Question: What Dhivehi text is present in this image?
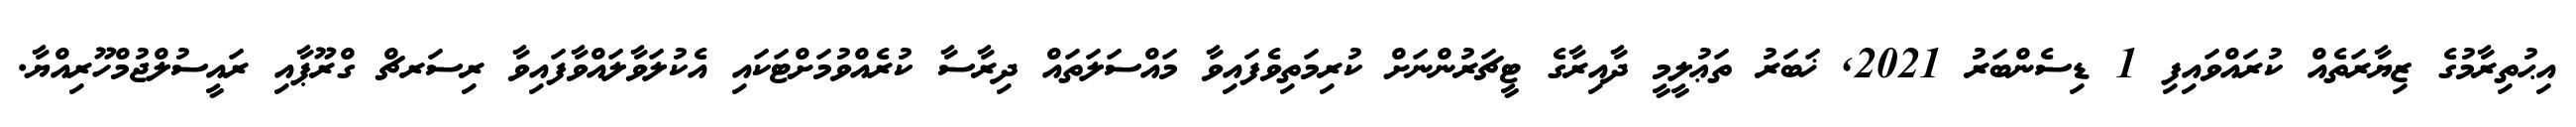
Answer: އިޙުތިރާމުގެ ޒިޔާރަތެއް ކުރައްވައިފި 1 ޑިސެންބަރު 2021, ޚަބަރު ތަޢުލީމީ ދާއިރާގެ ޓީޗަރުންނަށް ކުރިމަތިވެފައިވާ މައްސަލަތައް ދިރާސާ ކުރެއްވުމަށްޓަކައި އެކުލަވާލައްވާފައިވާ ރިސަރޗް ގްރޫޕާއި ރައީސުލްޖުމްހޫރިއްޔާ.